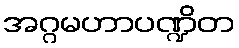
အဂ္ဂမဟာပဏ္ဍိတ